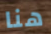
هنا